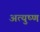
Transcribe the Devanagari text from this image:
अत्युष्ण